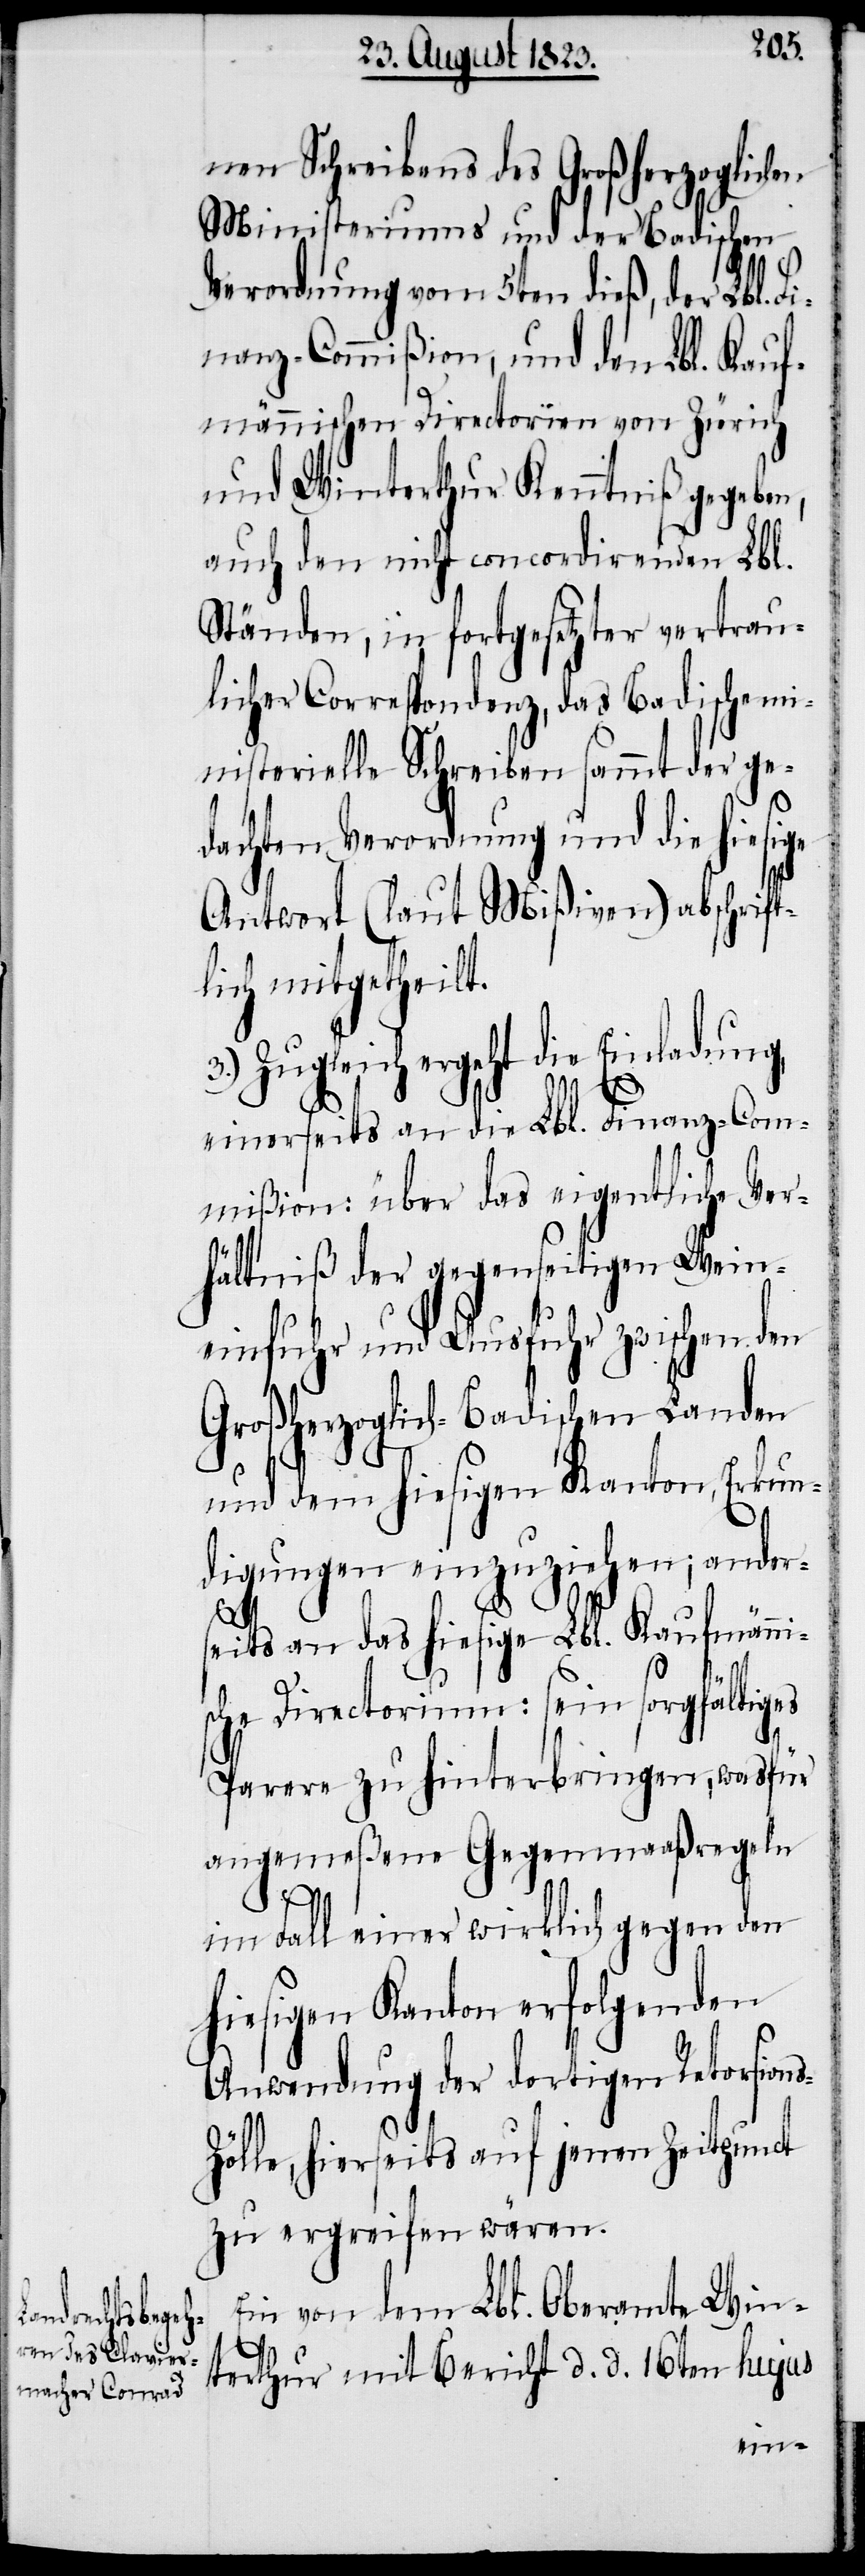
nen Schreibens des Großherzoglichen
Ministeriums und der Badischen
Verordnung vom 5ten dieß, der Lbl. Fi¬
nanz-Commißion, und den Lbl. Kauf¬
männischen Directorien von Zürich
und Winterthur Kenntniß gegeben,
auch den nicht concordirenden Lbl.
Ständen, in fortgesetzter vertrau¬
licher Correspondenz, das Badische mi¬
nisterielle Schreiben sammt der ge¬
dachten Verordnung und die hiesige
Antwort (laut Mißiven) abschrift¬
lich mitgetheilt.
Zugleich ergeht die Einladung,
einerseits an die Lbl. Finanz-Com¬
mißion: über das eigentliche Ver¬
hältniß der gegenseitigen Wein¬
einfuhr und Ausfuhr zwischen den
Großherzoglich-Badischen Landen
und dem hiesigen Kanton, Erkun¬
digungen einzuziehen; ander¬
seits an das hiesige Lbl. Kaufmänni¬
sche Directorium: sein sorgfältiges
Parere zu hinterbringen, wasfür
angemeßene Gegenmaaßregeln
im Fall einer wirklich gegen den
hiesigen Kanton erfolgenden
Anwendung der dortigen Retorsion¬
ölle, hierseits auf jenen Zeitpunct
zu ergreifen wären.
Ein von dem Lbl. Oberamte Win¬
s-Z¬
terthur mit Bericht d. d. 16ten hujus